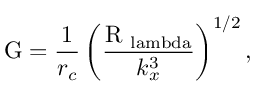
\mathrm { G } = \frac { 1 } { r _ { c } } \left( \frac { \mathrm { R _ { \ l a m b d a } } } { k _ { x } ^ { 3 } } \right) ^ { 1 / 2 } ,